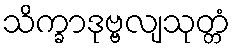
သိက္ခာဒုဗ္ဗလျသုတ္တံ